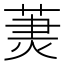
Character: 𦳒